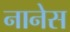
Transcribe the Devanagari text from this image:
नानेस